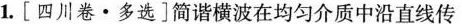
1.[四川卷·多选]简谐横波在均匀介质中沿直线传